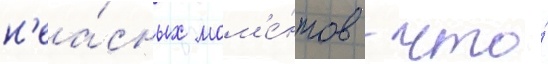
н'еа́сных мом'е́нтов / что́